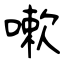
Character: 嗽